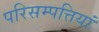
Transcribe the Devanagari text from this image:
परिसम्‍पत्तियां